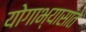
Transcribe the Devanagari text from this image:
योगाभ्यासांत